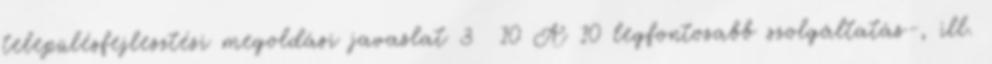
településfejlesztési megoldási javaslat 3 10 A 10 legfontosabb szolgáltatás-, ill.